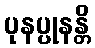
ပုနပ္ပုနန္တိ